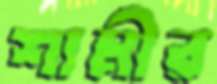
শামীর